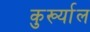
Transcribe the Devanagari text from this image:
कुर्ख्याल